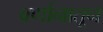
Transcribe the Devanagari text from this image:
वर्णानातून